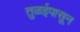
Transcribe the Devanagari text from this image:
तुळईपासून